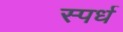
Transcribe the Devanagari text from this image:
स्पर्ध